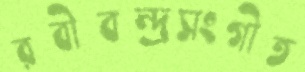
রবীবন্দ্রসংগীত